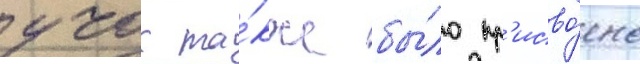
учок та́кже бы́ло пр'исво́ено